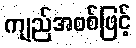
ကျည်အစစ်ဖြင့်